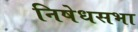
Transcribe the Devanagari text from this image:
निषेधसभा